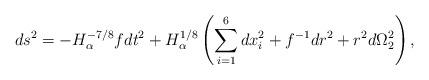
LaTeX: \begin{align*}ds^2=-H_\alpha^{-7/8}f dt^2 +H_\alpha^{1/8}\left(\sum_{i=1}^6 dx_i^2 +f^{-1} dr^2+r^2 d\Omega_2^2\right),\end{align*}